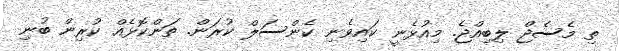
ތި މެސެޖް ލިބިއްޖެ. މިއުޅެނީ ކައިވެނި ކެންސަލް ކުރަން. ތަންކޮޅެއް ކުރިން ބުނި